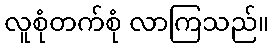
လူစုံတက်စုံ လာကြသည်။